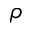
\rho